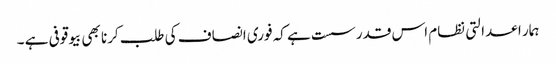
ہمار ا عدالتی نظام اس قدر سست ہے کہ فوری انصاف کی طلب کرنا بھی بیوقوفی ہے ۔